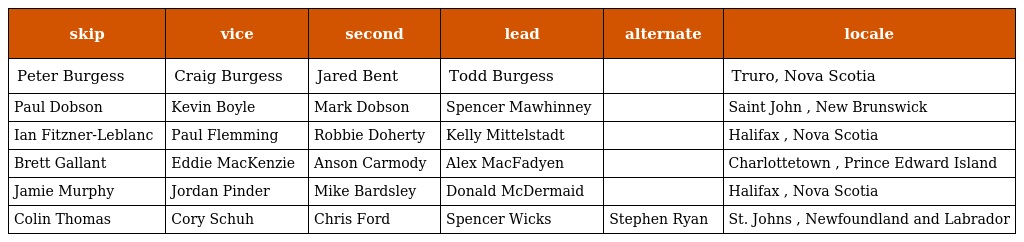
| skip | vice | second | lead | alternate | locale |
 | --- | --- | --- | --- | --- | --- |
 | Peter Burgess | Craig Burgess | Jared Bent | Todd Burgess |  | Truro, Nova Scotia |
 | Paul Dobson | Kevin Boyle | Mark Dobson | Spencer Mawhinney |  | Saint John , New Brunswick |
 | Ian Fitzner-Leblanc | Paul Flemming | Robbie Doherty | Kelly Mittelstadt |  | Halifax , Nova Scotia |
 | Brett Gallant | Eddie MacKenzie | Anson Carmody | Alex MacFadyen |  | Charlottetown , Prince Edward Island |
 | Jamie Murphy | Jordan Pinder | Mike Bardsley | Donald McDermaid |  | Halifax , Nova Scotia |
 | Colin Thomas | Cory Schuh | Chris Ford | Spencer Wicks | Stephen Ryan | St. Johns , Newfoundland and Labrador |